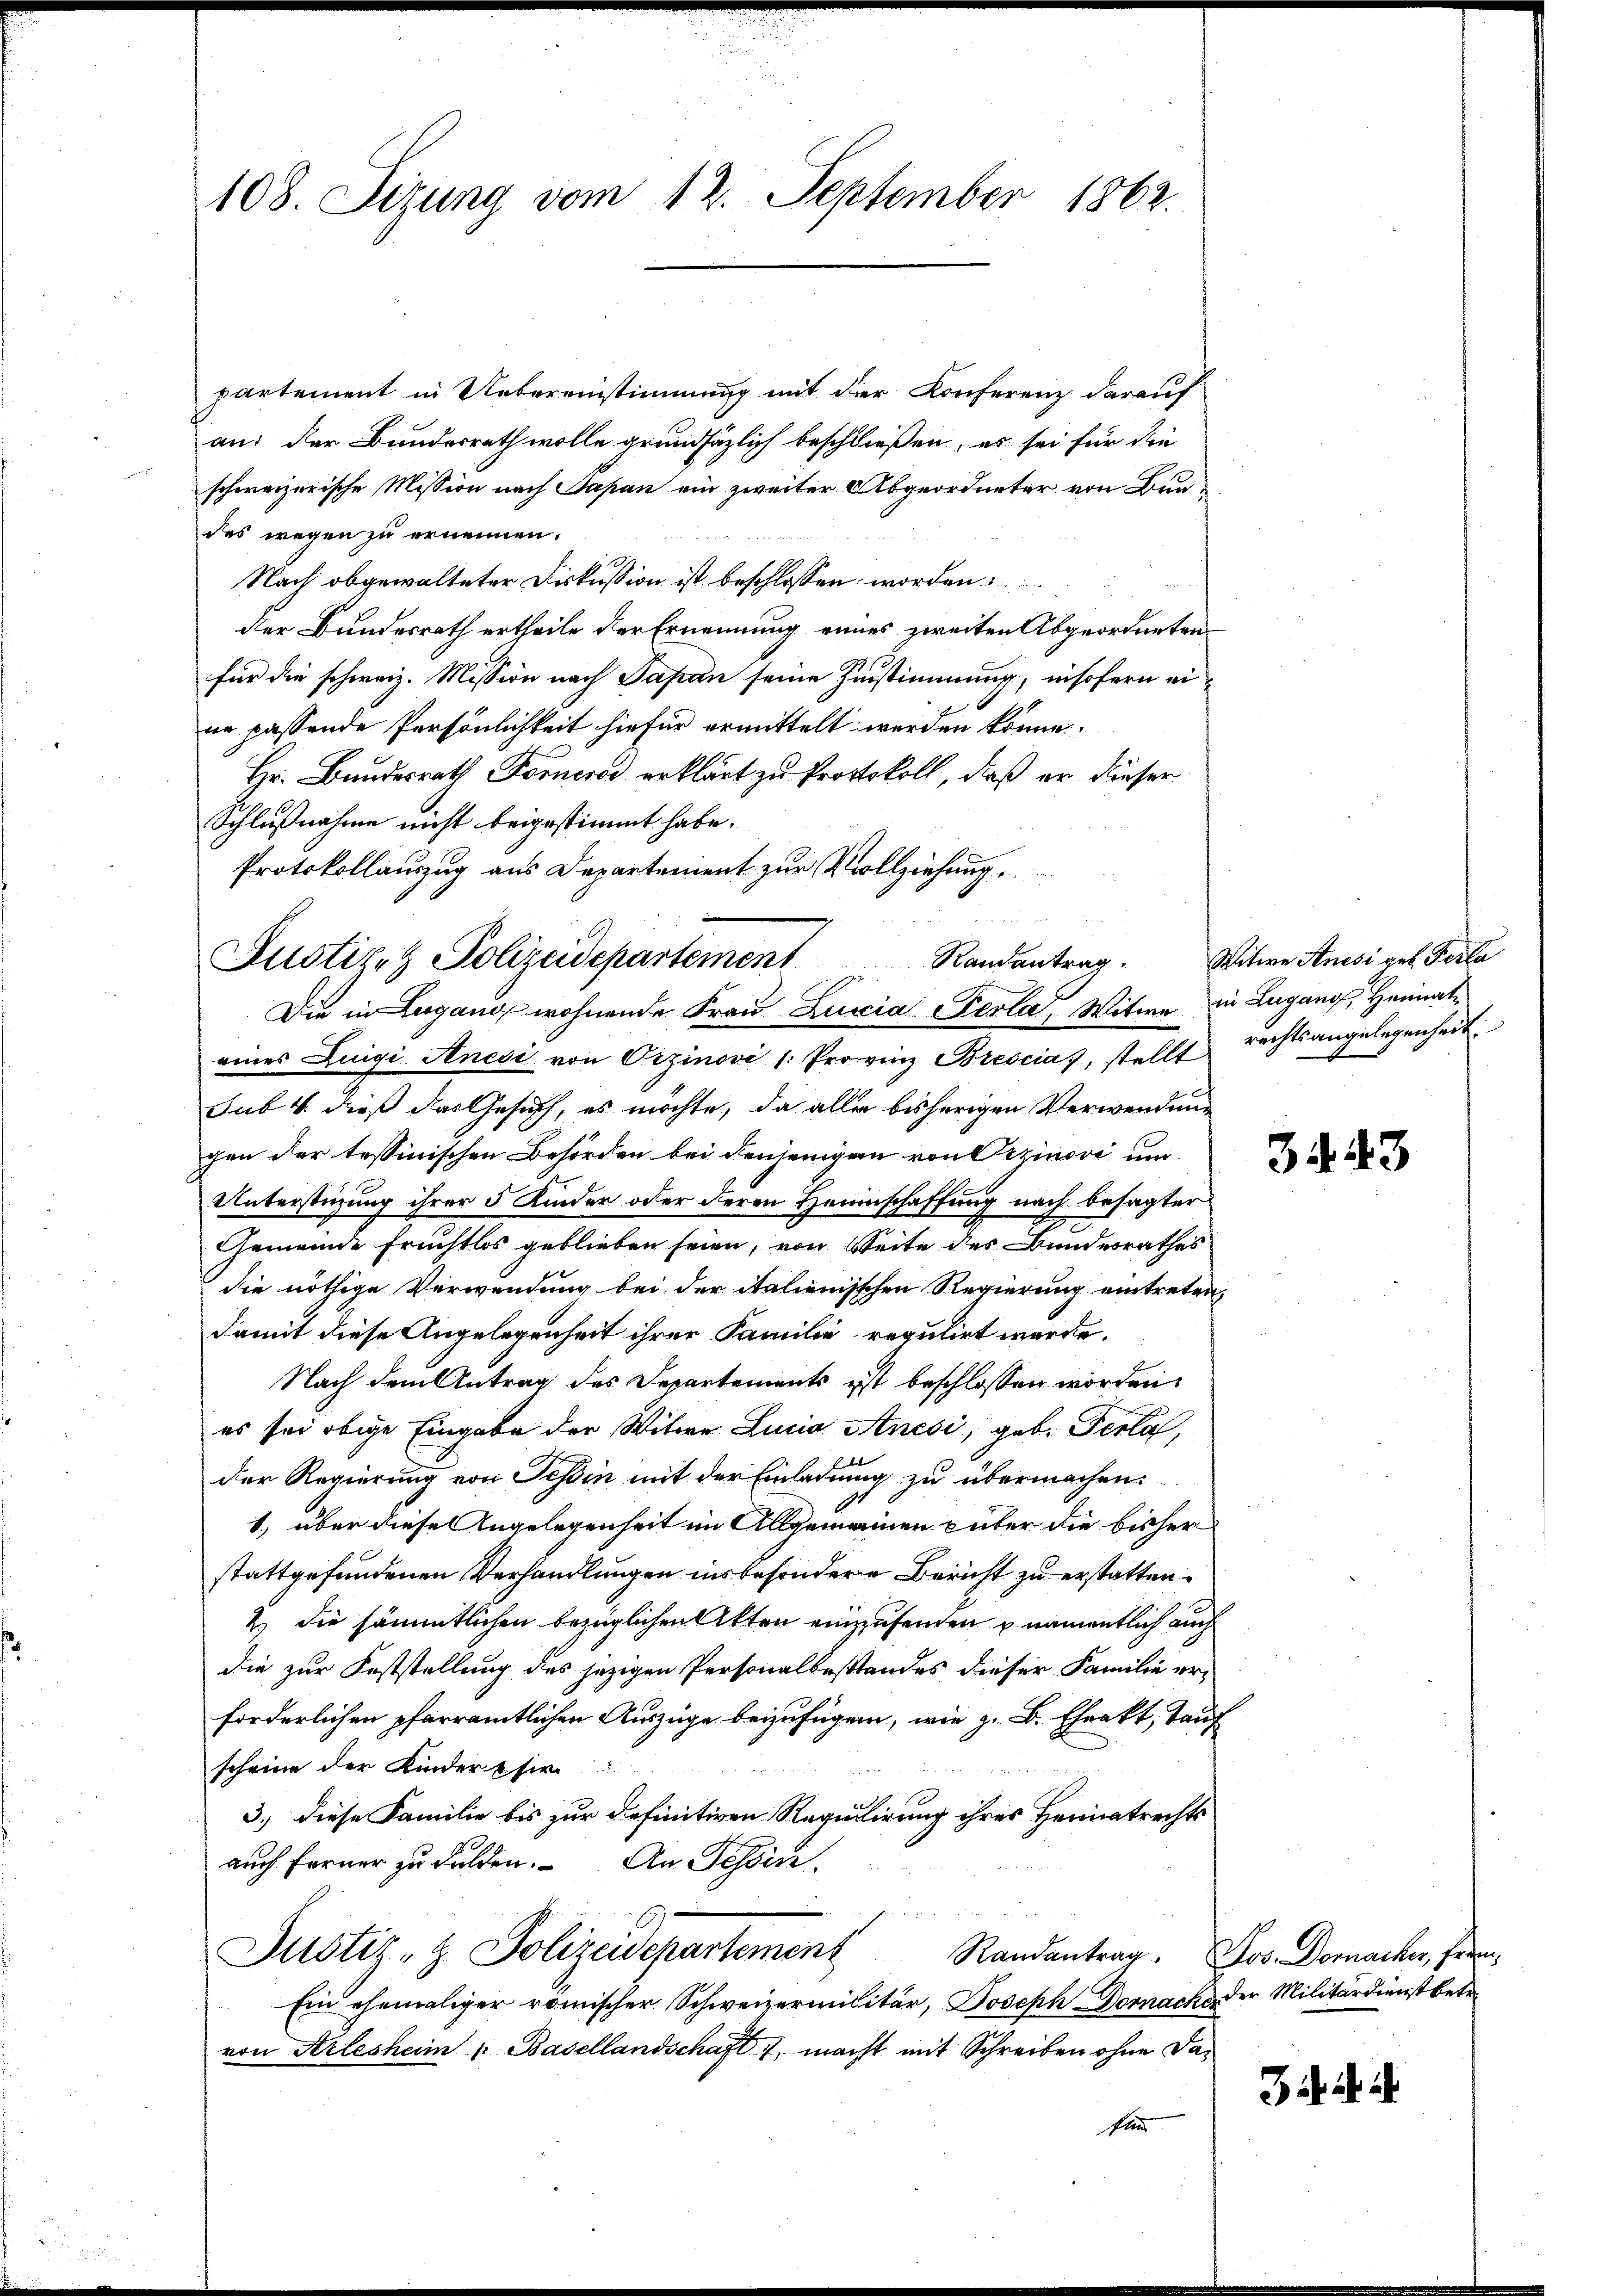
108. Sizung vom 12. September 1862.

partement in Uebereinstimmung mit der Konferenz darauf
an: der Bundesrath wolle grundsätzlich beschließen, es sei für die
schweizerische Mission nach Papan ein zweiter Abgeordneter von Bundes wegen zu ernennen.
Nach obgewalteter Diskussion ist beschlossen worden:
der Bundesrath ertheile der Ernennung eines zweiten Abgeordneten
für die schweiz. Mission nach Papan seine Zustimmung, insofern eine passende Persönlichkeit hiefür ermittelt werden könne
Hr. Bundesrath Forneros erklärt zu Protokoll, daß er dieser
Schlußnahme nicht beigestimmt habe.
Protokollauszug aus Departement zur Vollziehung.
sub V. dieß das Gesuch, es möchte, da alles bisherigen Verwendung
gen der tessinischen Behörden bei denjenigen von Dezinori um
Unterstüzung ihrer 5 Kinder oder deren Heimschaffung nach besagter
Gemeinde Früchtlos geblieben seien, von Seite des Bundesrathes
die nöthige Verwendung bei der italienisschen Regierung eintreten,
damit diese Angelegenheit ihrer Familie regulirt werde.
Nach dem Antrag des Departements ist beschlossen worden.
es sei obige Eingabe der Witwe Lucia Anési, geb. Perla
der Regierung von Tessin mit der Einladung zu übermachen.
1) über diese Angelegenheit im Allgemeinen güter die bisher
stattgefundenen Verhandlungen insbesondere Bericht zu erstatten.
2.) Die sämmtlichen bezüglichen Akten einzusenden u. namentlich auch
die zur Feststellung des jezigen Personalbestandes dieser Familie er-
forderlichen pfarramtlichen Auszüge beizufügen, wie z. B. Eheakt, Tauf
scheine der Kindertsir
3.) diese Familie bis zur definitiven Regulirung ihres Heimatrechts
auch Ferner zu dulden. An Tessin,
Justiz- & Polizeidepartement Randantrag, Jos. Dornacher, frem¬
Ein ehemaliger römischer Schweizermilitär, Joseph Dornach der Militärdienst betr.
von Arlesheim (Basellandschaft 1, macht mit Schreiben ohne dasi

Justiz- & Polizeidepartement Randantrag. Witwe Anisi geb. Ferla
Die in Lugang wohnende Frau Lucia erla, Witwe in Lugang, Heimat¬

eines Luigi Anesi von Orzinovi (: Provinz Brescias, stellt rechtsangelegenheit

3443

i a